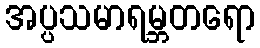
အပ္ပသမာရမ္ဘတရော